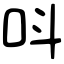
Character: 呌